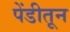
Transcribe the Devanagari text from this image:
पेंडीतून